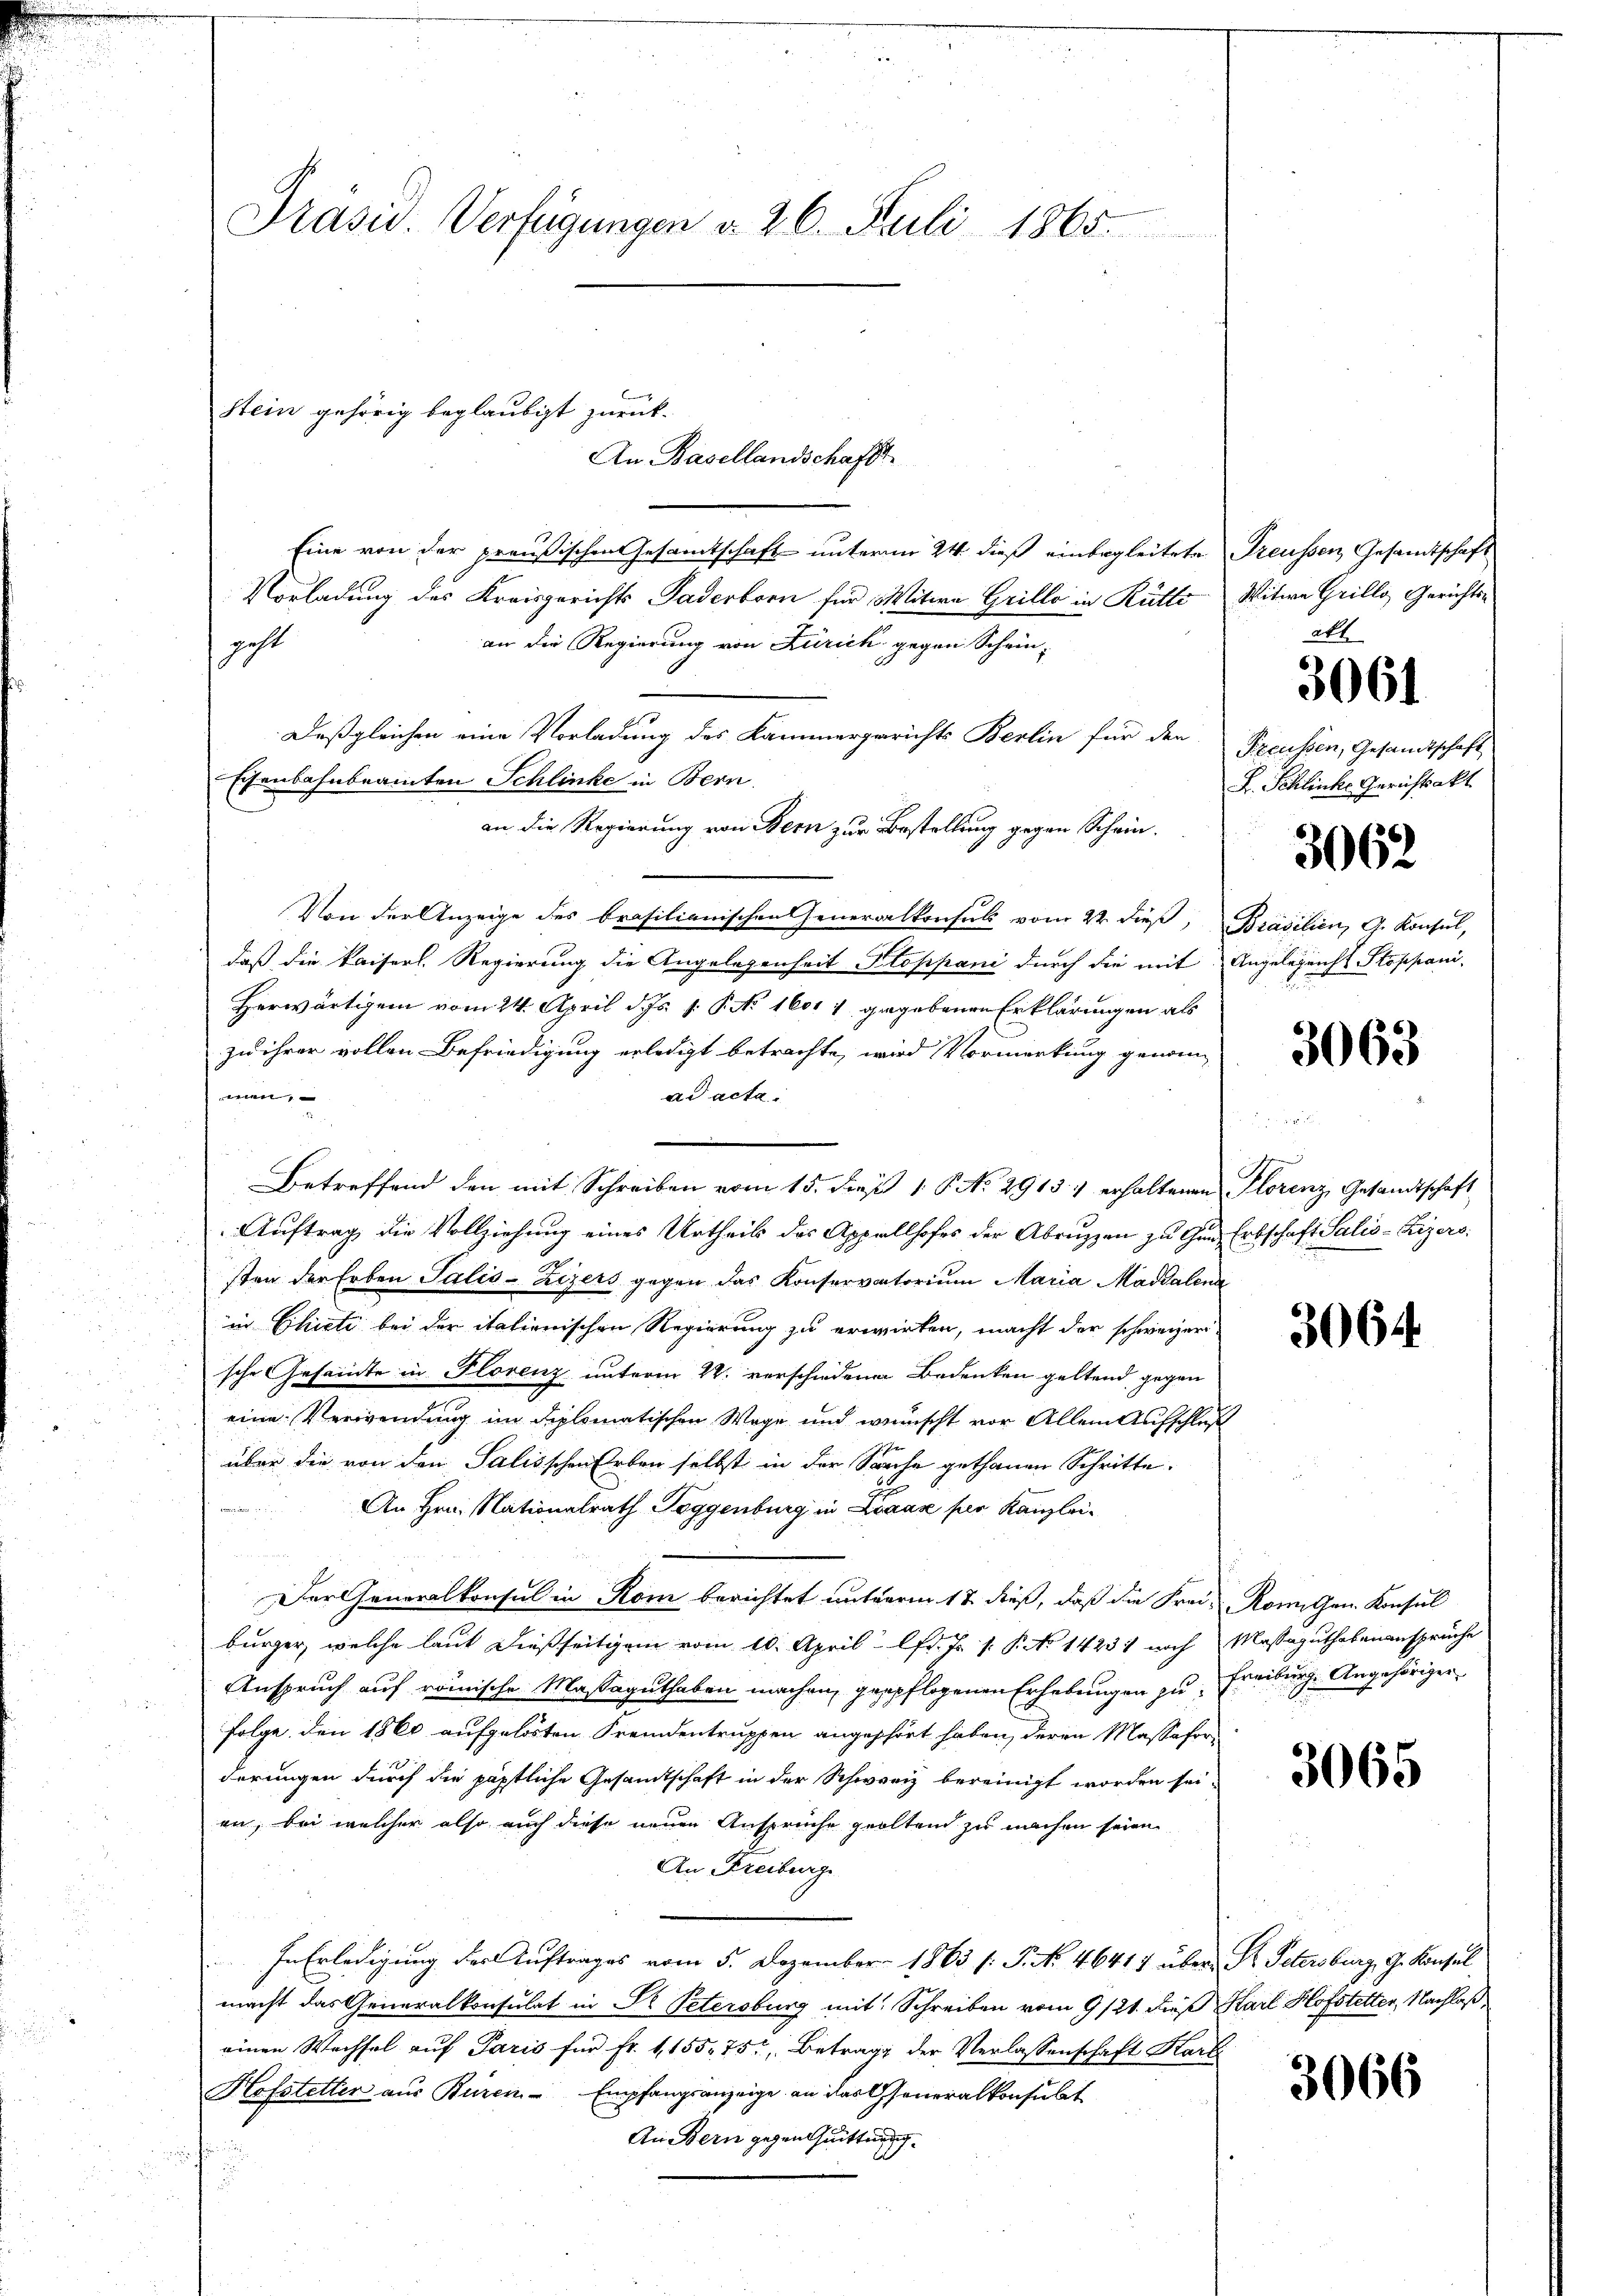
Präsid. Verfügungen d. 26. Juli 1865.

Stein gehörig beglaubigt zurück
An Basellandschaft

Eine von der preußischen Gesamtschaft unterm 24. dieß einbegleitete Treussen Gesandtschaft
Vorladung des Kreisgerichts Paderborn für Witwe Grillo in Rütte Witwe Grillo Gerichts-
an die Regierung von Zürich gegen Schein-
ht
Deßgleichen eine Vorladung des Kammergerichts Berlin für den Freussen, Gesandtschaft
Eisenbahnbeamten Schlinke in Bern.
an die Regierung von Bern zur Bestellung gegen Schein¬
1
Von der Anzeige des brasilianischen Generalkonsuls vom 22. dieß, Brasilien, G. Konsul,
daß die kaiserl. Regierung die Angelesenheit Stoppani durch die mit Angelegenst Stoppani-
Herwärtigem vom 24. April d. Js. v. P. No 1601 4 gegebenen Erklärungen als
zu ihrer vollen Befriedigung erledigt betrachte, wird Vormerkung genommen;
ad acta.
5
Betreffend den mit Schreiben vom 15. dieß 1 S. No. 2913.) erhaltenen Florenz Gesandtschaft
Auftrag die Vollziehung eines Urtheils des Appellhofes der Abruzzen zu Gun Erbschaft Salis-Kizers
sten der Erben Salis-Zizers gegen das Konservatorium Maria Magdalena
in Chicti bei der italienischen Regierung zu erwirken, macht der schweizeri
sche Gesamte in Florenz unterm 22. verschiedenen Bedenken geltend gegen
eine Verwendung im diplomatischen Wege und wennscht vor Allem Aufschluß
über die von den Salisschen Erben selbst in der Sache gethanen Schritte.
An Hrn. Nationalrath Toggenburg in Laak per Kanzlei-
Der Generalkonsul in Rom berichtet unterm 12. dieß, daß die Frei-Komiten Konsul
bürger, welche laut dießseitigem vom 10. April l. J. P.P. No 14231 noch Massaguthabenanspruche
Anspruch auf römische Massaguthaben machen, gepflogenen Erhebungen zu Freiburg Angehöriger
folge. Den 1860 aufgelösten Fremdentruppen angehört haben, deren Massaforderungen durch die päptliche Gesamtschaft in der Schweiz bereinigt worden sei.
en, bei welcher also auch diese neuen Ansprüche geoltend zu machen seien.
An Freiburge
In Erledigung der Auftrages vom 5. Dezember 1863 f. P. Nr. 46417 über St. Petersburg, G. Konsul
macht das Generalkonsulat in Dr. Petersburg mit Schreiben vom 9/21. dieß Karl Hofstetter, Nachlaß
einen Wechsel auf Paris für Fr. 1,155. 757, Betrage der Verlassenschaft Kars
Hofstetter aŭs Büren Empfangsanzeige an das Generalkonsult
An Bern gegen Quittung
n hinung
E
e

att

3061

F. Schliche Gerichtsakt.

3062

3063

t

3064.

3065

3066